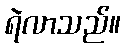
ရဲလာသည်။